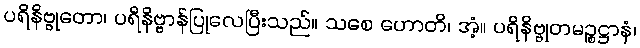
ပရိနိဗ္ဗုတော၊ ပရိနိဗ္ဗာန်ပြုလေပြီးသည်။ သစေ ဟောတိ၊ အံ့။ ပရိနိဗ္ဗုတမဉ္စဋ္ဌာနံ၊